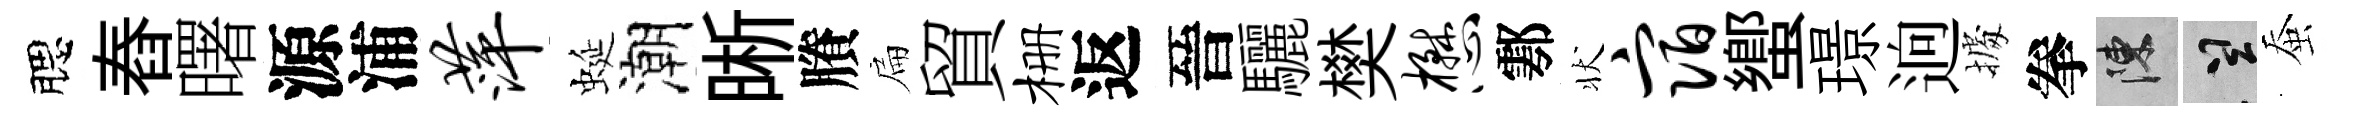
腮舂曙源浦萍蜒潮晰賸扁貿栅返晉驪樊懋鄠状宿蠁璟逈𢴃拳陳誠蚕